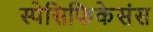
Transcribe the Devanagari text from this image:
स्पेसिफिकेसंस